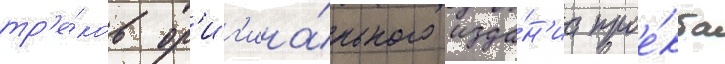
тр'е́ков ор'иг'ина́льного изда́н'иа прое́кта